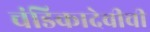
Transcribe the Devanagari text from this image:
चंडिकादेवीची